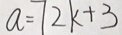
a = 7 2 k + 3